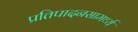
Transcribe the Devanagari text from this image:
प्रतिपादनसामर्थ्य